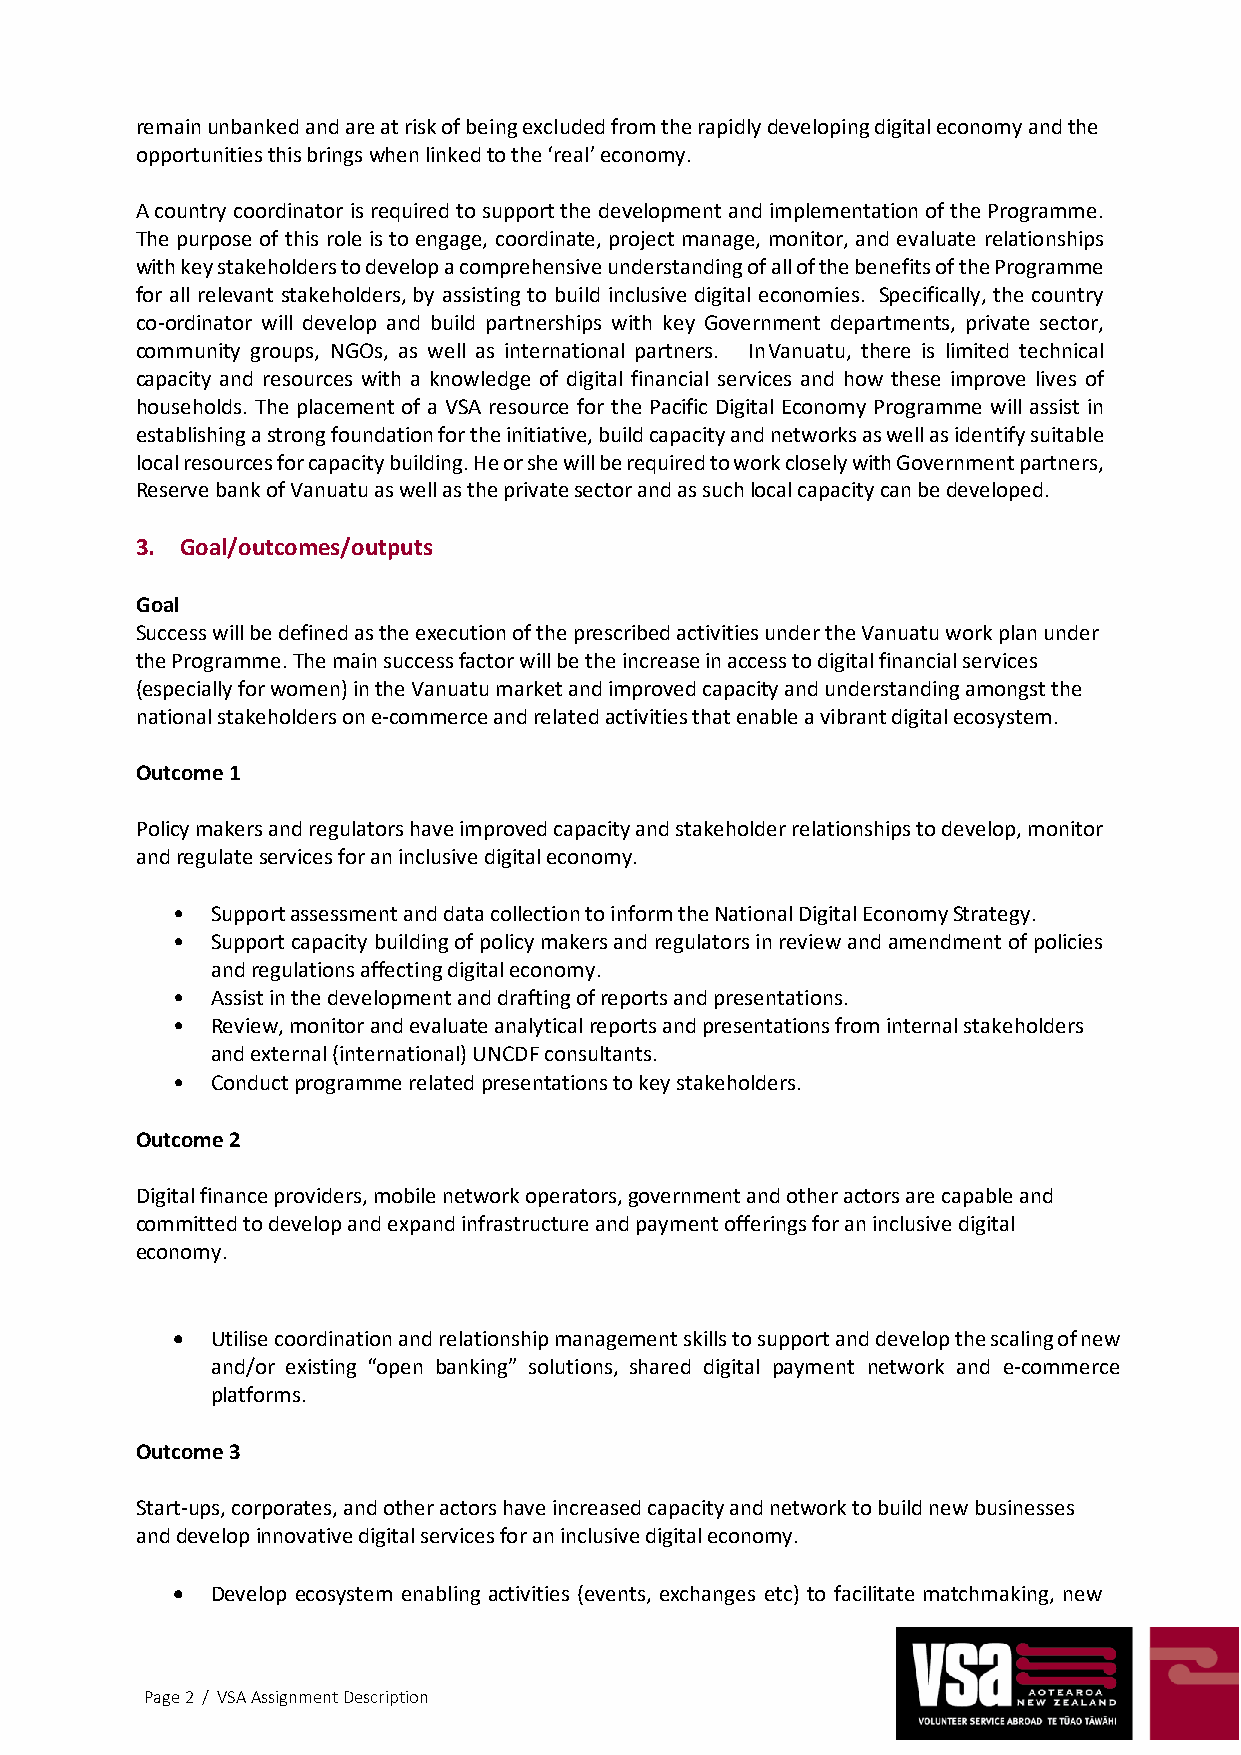
remain unbanked and are at risk of being excluded from the rapidly developing digital economy and the
 opportunities this brings when linked to the ‘real’ economy.
 A country coordinator is required to support the development and implementation of the Programme.
 The purpose of this role is to engage, coordinate, project manage, monitor, and evaluate relationships
 with key stakeholders to develop a comprehensive understanding of all of the benefits of the Programme
 for all relevant stakeholders, by assisting to build inclusive digital economies. Specifically, the country
 co-ordinator will develop and build partnerships with key Government departments, private sector,
 community groups, NGOs, as well as international partners. In Vanuatu, there is limited technical
 capacity and resources with a knowledge of digital financial services and how these improve lives of
 households. The placement of a VSA resource for the Pacific Digital Economy Programme will assist in
 establishing a strong foundation for the initiative, build capacity and networks as well as identify suitable
 local resources for capacity building. He or she will be required to work closely with Government partners,
 Reserve bank of Vanuatu as well as the private sector and as such local capacity can be developed.
 3. Goal/outcomes/outputs
 Goal
 Success will be defined as the execution of the prescribed activities under the Vanuatu work plan under
 the Programme. The main success factor will be the increase in access to digital financial services
 (especially for women) in the Vanuatu market and improved capacity and understanding amongst the
 national stakeholders on e-commerce and related activities that enable a vibrant digital ecosystem.
 Outcome 1
 Policy makers and regulators have improved capacity and stakeholder relationships to develop, monitor
 and regulate services for an inclusive digital economy.
 •  Support assessment and data collection to inform the National Digital Economy Strategy.
 •  Support capacity building of policy makers and regulators in review and amendment of policies
 and regulations affecting digital economy.
 •  Assist in the development and drafting of reports and presentations.
 •  Review, monitor and evaluate analytical reports and presentations from internal stakeholders
 and external (international) UNCDF consultants.
 •  Conduct programme related presentations to key stakeholders.
 Outcome 2
 Digital finance providers, mobile network operators, government and other actors are capable and
 committed to develop and expand infrastructure and payment offerings for an inclusive digital
 economy.
 •  Utilise coordination and relationship management skills to support and develop the scaling of new
 and/or existing “open banking” solutions, shared digital payment network and e-commerce
 platforms.
 Outcome 3
 Start-ups, corporates, and other actors have increased capacity and network to build new businesses
 and develop innovative digital services for an inclusive digital economy.
 •  Develop ecosystem enabling activities (events, exchanges etc) to facilitate matchmaking, new
 Page 2 / VSA Assignment Description